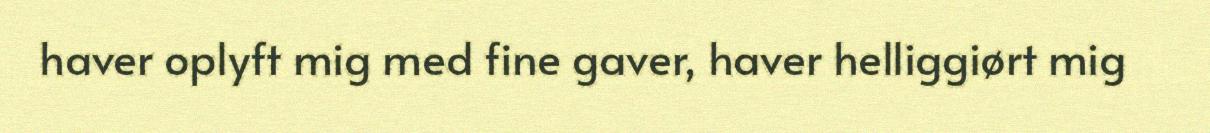
haver oplyft mig med fine gaver, haver helliggiørt mig